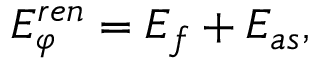
E _ { \varphi } ^ { r e n } = E _ { f } + E _ { a s } ,